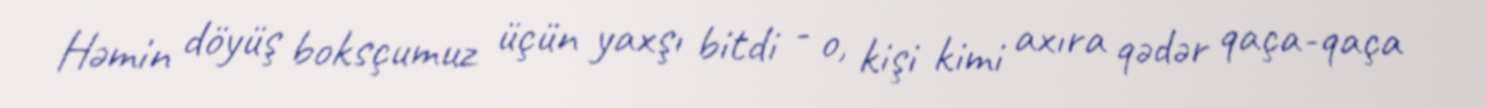
Həmin döyüş boksçumuz üçün yaxşı bitdi - o, kişi kimi axıra qədər qaça-qaça